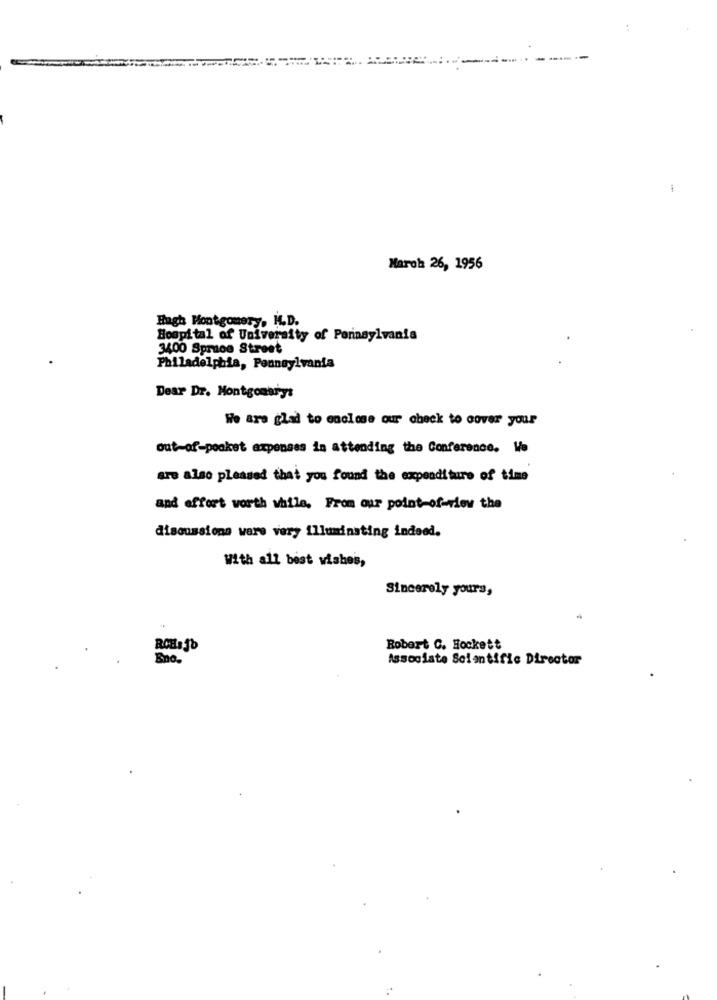
-
March 26, 1956
Hugh Montgomery, H.D.
Hospital of University of Pennsylvania
3400 Spruce Street
Philadelphia, Pennsylvania
Dear Dr. Montgomery:
We are glad to enclose our check to cover your
out-of-pocket expenses in attending the Conference. We
are also pleased that you found the expenditure of time
and effort worth while, From our point-of-view the
discussions were very illuminating indeed.
With all best wishes,
Sincerely yours,
Robert C. Hockett
Eno.
Associate Scientific Director